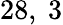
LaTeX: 28,\ 3